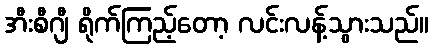
အီးစီဂျီ ရိုက်ကြည့်တော့ လင်းလန့်သွားသည်။